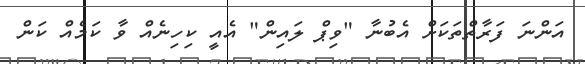
އަންނަ ފަރާތްތަކަށް އެބުނާ "ވިޕް ލައިން" އެއީ ކިހިނެއް ވާ ކަމެއް ކަން